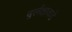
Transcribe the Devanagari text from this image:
दुर्लक्षाकडे